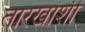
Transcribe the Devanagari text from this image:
तारखांशी